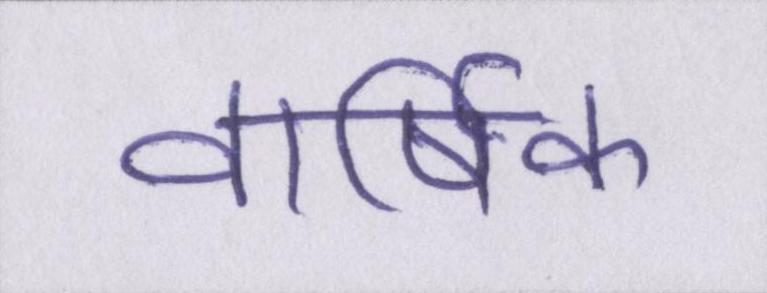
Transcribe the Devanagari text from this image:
वार्षिक